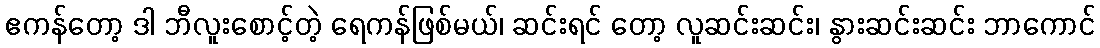
ဧကန်တော့ ဒါ ဘီလူးစောင့်တဲ့ ရေကန်ဖြစ်မယ်၊ ဆင်းရင် တော့ လူဆင်းဆင်း၊ နွားဆင်းဆင်း ဘာကောင်